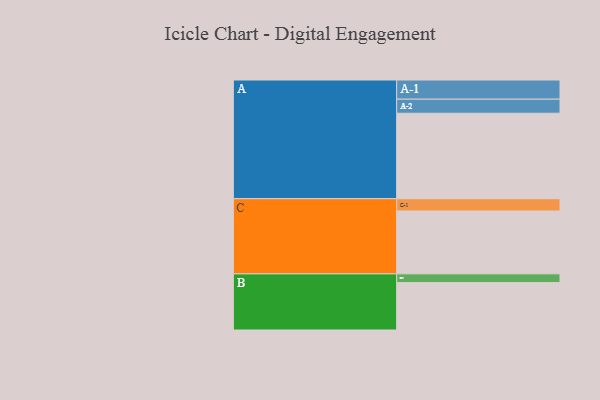
{"axis": {"x": "Segment", "y": "Value"}, "legend": ["", "A", "B", "C"], "data": [{"x": "A", "y": 571, "type": ""}, {"x": "B", "y": 317, "type": ""}, {"x": "C", "y": 420, "type": ""}, {"x": "A-1", "y": 128, "type": "A"}, {"x": "A-2", "y": 94, "type": "A"}, {"x": "B-1", "y": 58, "type": "B"}, {"x": "C-1", "y": 82, "type": "C"}]}